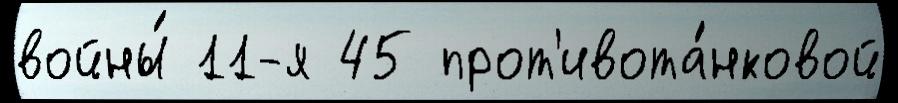
войны́ 11-я 45 прот'ивота́нковой